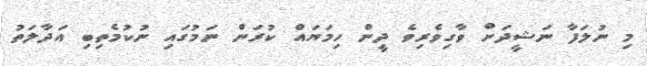
މި ނުލަފާ ނަޝީދަށް ވާގިވެރިވެ ދީން ހިމަޔައް ކުރަން ނަމުގައި ނުކުމެތިބި އަދާލަތު